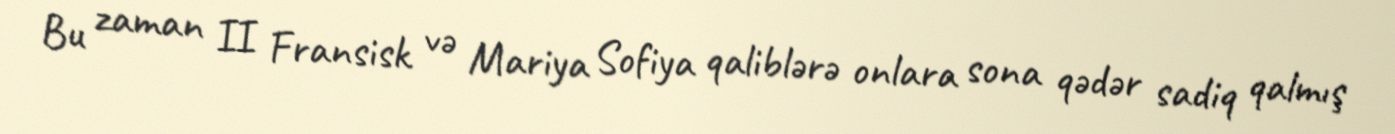
Bu zaman II Fransisk və Mariya Sofiya qaliblərə onlara sona qədər sadiq qalmış